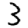
Digit: 3